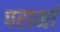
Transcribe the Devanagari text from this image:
परार्मा